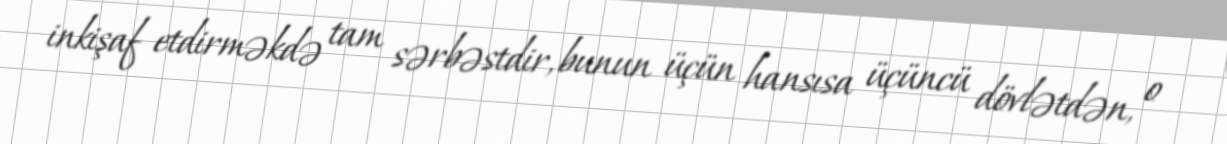
inkişaf etdirməkdə tam sərbəstdir, bunun üçün hansısa üçüncü dövlətdən, o